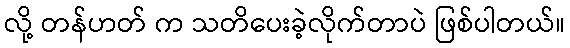
လို့ တန်ဟတ် က သတိပေးခဲ့လိုက်တာပဲ ဖြစ်ပါတယ်။